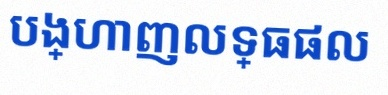
បង្ហាញលទ្ធផល